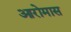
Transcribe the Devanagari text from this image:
आरोमास